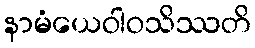
နာမံယေဝါဝသိဿတိ